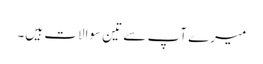
میرے آپ سے تین سوالات ہیں۔